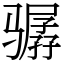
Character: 骣